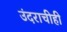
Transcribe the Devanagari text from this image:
उंदराचीही